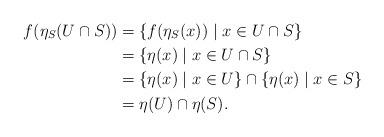
LaTeX: \begin{align*}f(\eta_S(U \cap S)) & = \{f(\eta_S(x)) \mid x \in U \cap S\} \\& = \{\eta(x) \mid x \in U \cap S\} \\& = \{\eta(x) \mid x \in U\} \cap \{\eta(x) \mid x \in S\} \\& = \eta(U) \cap \eta(S).\end{align*}